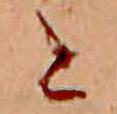
と